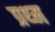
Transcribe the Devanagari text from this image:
प्रथ्म